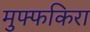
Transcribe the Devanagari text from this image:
मुफ्फकिरा